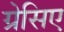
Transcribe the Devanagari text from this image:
ग्रेसिए